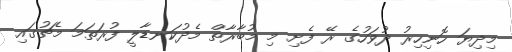
މިދިޔަ ހޮނިހިރު ދުވަހުގެ ރޭ ފެށި މި މުބާރާތް މެދުކަނޑާލީ ފުރަތަމަ މެޗުގައި